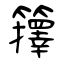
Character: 籜